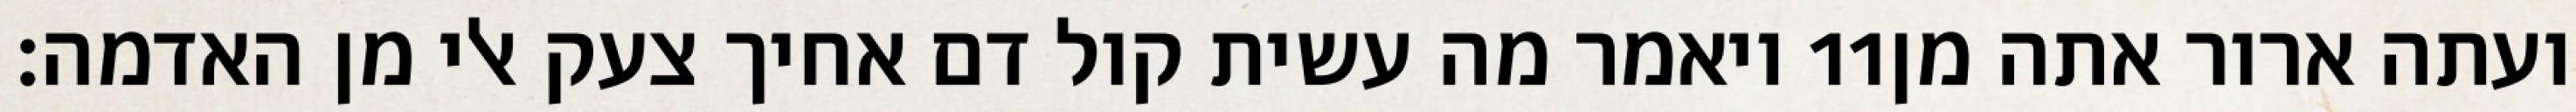
ויאמר מה עשית קול דם אחיך צעק אלי מן האדמה׃ ‎11‏ ועתה ארור אתה מן